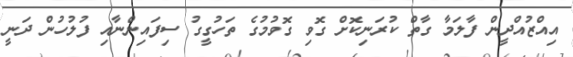
އިއްޒުއްދީން ފާލަމާ ގާތް ކުރަނިކޮށް ގޮވި ގޮވުމުގެ ތަހުގީގު ސިފައިންނާއި ފުލުހުން ދަނީ